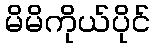
မိမိကိုယ်ပိုင်